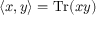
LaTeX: \langle x , y \rangle = \operatorname { T r } ( x y )